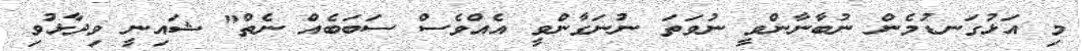
މި އަޅުގަނޑުމެން ނުބާނާންވީ ނުވަތަ ނުނަގާންވީ އެއްވެސް ސަބަބެއް ނެތް" ޝައިނީ ވިދާޅުވި